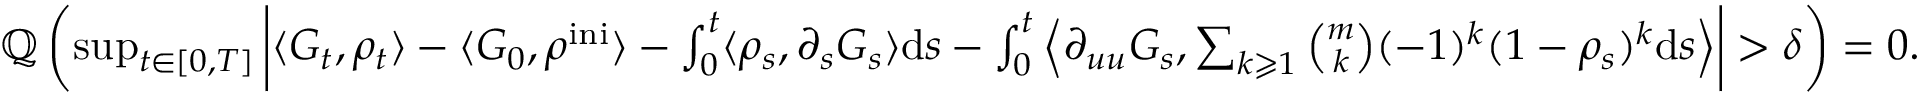
\begin{array} { r } { \mathbb { Q } \left( \operatorname* { s u p } _ { t \in [ 0 , T ] } \bigg | \langle G _ { t } , \rho _ { t } \rangle - \langle G _ { 0 } , \rho ^ { \mathrm { i n i } } \rangle - \int _ { 0 } ^ { t } \langle \rho _ { s } , \partial _ { s } G _ { s } \rangle \mathrm { d } s - \int _ { 0 } ^ { t } \Big \langle \partial _ { u u } G _ { s } , \sum _ { k \geqslant 1 } \binom { m } { k } ( - 1 ) ^ { k } ( 1 - \rho _ { s } ) ^ { k } \mathrm { d } s \Big \rangle \bigg | > \delta \right) = 0 . } \end{array}